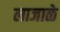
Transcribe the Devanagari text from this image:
लाजाळे